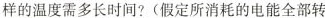
样的温度需多长时间?(假定所消耗的电能全部转